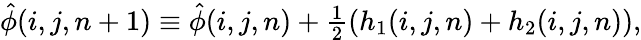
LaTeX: \begin{array}{r}{\hat{\phi}(i,j,n+1)\equiv\hat{\phi}(i,j,n)+\frac{1}{2}(h_{1}(i,j,n)+h_{2}(i,j,n)),}\end{array}